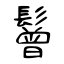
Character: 鬙